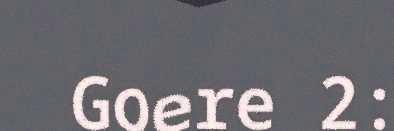
Goere 2: